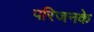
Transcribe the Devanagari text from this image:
परिजनके